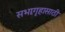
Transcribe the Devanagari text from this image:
सभागृहासाठी